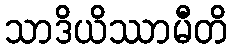
သာဒိယိဿာမီတိ